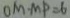
O M \cdot M P = 6